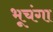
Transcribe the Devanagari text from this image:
भूचंगा